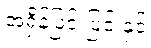
အရှိန်ပြင်းပြင်းနှင့်